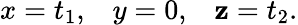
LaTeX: x=t_{1},\; \; \; y=0,\; \; \; \mathbf{z}=t_{2}.